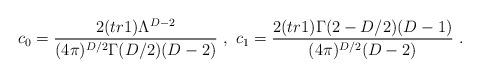
LaTeX: \begin{align*}c_0=\frac{2(tr1)\Lambda^{D-2}}{(4\pi)^{D/2}\Gamma(D/2)(D-2)}\ ,\ c_1=\frac{2(tr1)\Gamma (2-D/2)(D-1)}{(4\pi)^{D/2}(D-2)}\ .\end{align*}